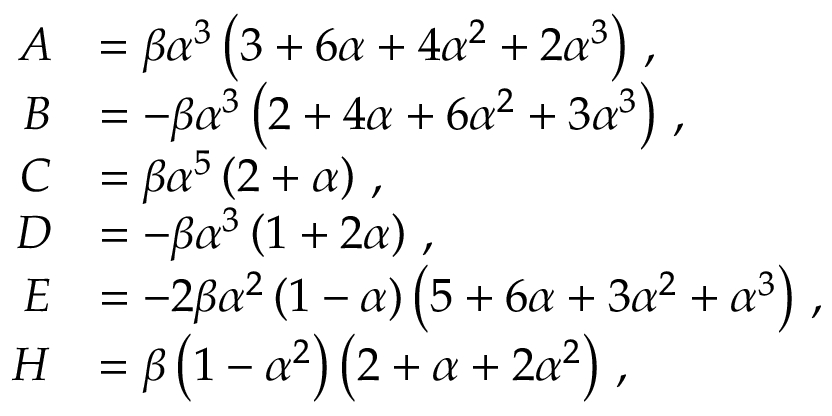
\begin{array} { r l } { A } & { = \beta \alpha ^ { 3 } \left( 3 + 6 \alpha + 4 \alpha ^ { 2 } + 2 \alpha ^ { 3 } \right) \, , } \\ { B } & { = - \beta \alpha ^ { 3 } \left( 2 + 4 \alpha + 6 \alpha ^ { 2 } + 3 \alpha ^ { 3 } \right) \, , } \\ { C } & { = \beta \alpha ^ { 5 } \left( 2 + \alpha \right) \, , } \\ { D } & { = - \beta \alpha ^ { 3 } \left( 1 + 2 \alpha \right) \, , } \\ { E } & { = - 2 \beta \alpha ^ { 2 } \left( 1 - \alpha \right) \left( 5 + 6 \alpha + 3 \alpha ^ { 2 } + \alpha ^ { 3 } \right) \, , } \\ { H } & { = \beta \left( 1 - \alpha ^ { 2 } \right) \left( 2 + \alpha + 2 \alpha ^ { 2 } \right) \, , } \end{array}